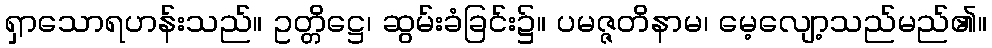
ရှာသောရဟန်းသည်။ ဥတ္တိဋ္ဌေ၊ ဆွမ်းခံခြင်း၌။ ပမဇ္ဇတိနာမ၊ မေ့လျော့သည်မည်၏။